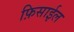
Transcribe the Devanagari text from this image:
फ़िसाईल